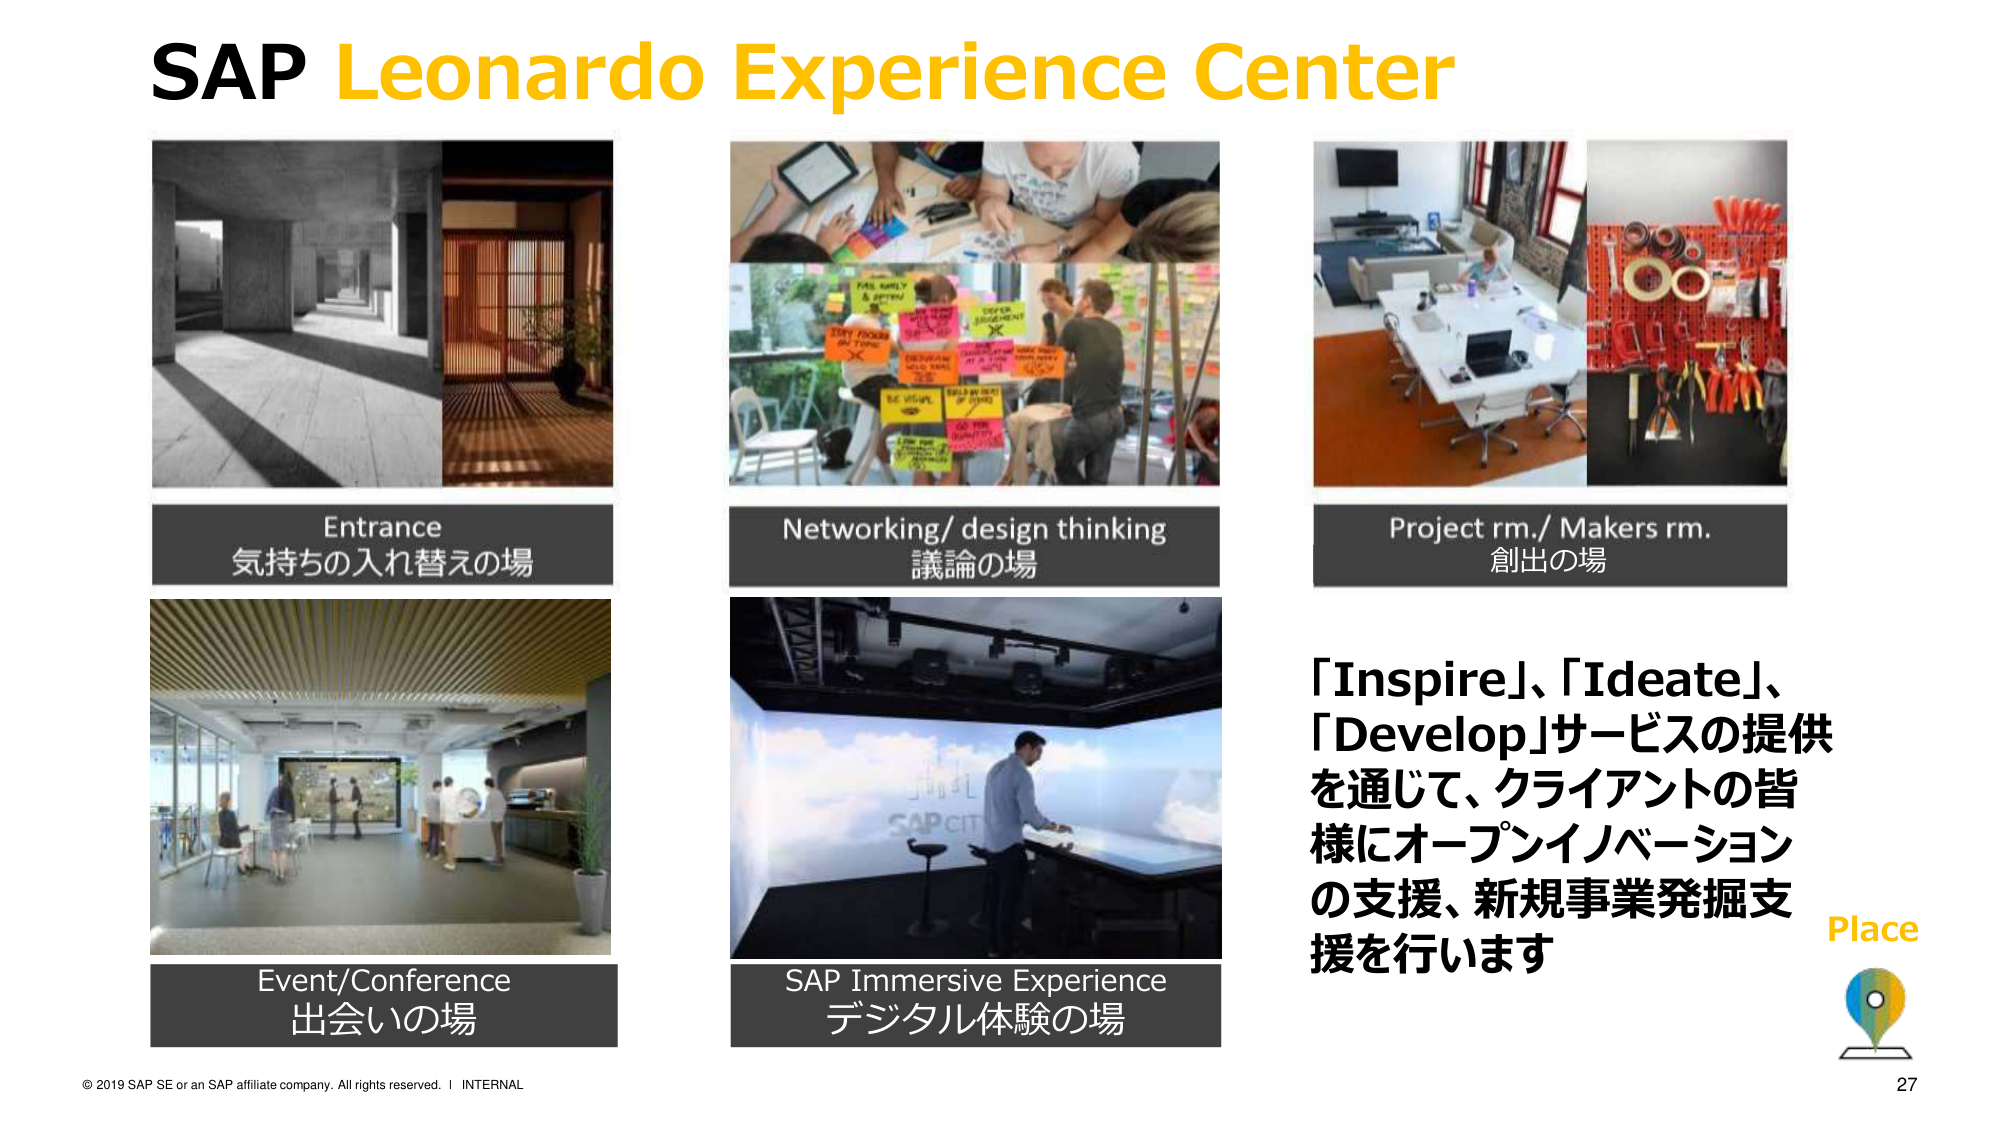
SAP Leonardo Experience Center

Entrance
気持ちの入れ替えの場

Networking/ design thinking
議論の場

Project rm./ Makers rm.
創出の場

Event/Conference
出会いの場

SAP Immersive Experience
デジタル体験の場

「Inspire」、「Ideate」、「Develop」サービスの提供
を通じて、クライアントの皆様にオープンイノベーション
の支援、新規事業発掘支援を行います

Place

© 2019 SAP SE or an SAP affiliate company. All rights reserved. | INTERNAL
27